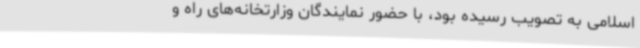
اسلامی به تصویب رسیده بود، با حضور نمایندگان وزارتخانه‌های راه و